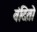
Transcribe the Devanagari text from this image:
वंदितो